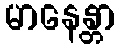
မာနေန္တာ